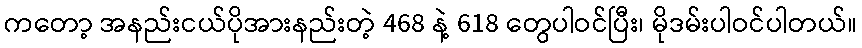
ကတော့ အနည်းငယ်ပိုအားနည်းတဲ့ 468 နဲ့ 618 တွေပါဝင်ပြီး၊ မိုဒမ်းပါဝင်ပါတယ်။